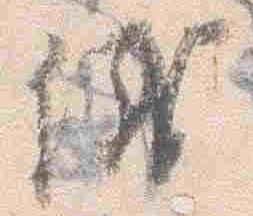
儀